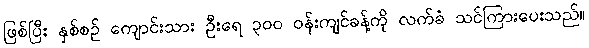
ဖြစ်ပြီး နှစ်စဉ် ကျောင်းသား ဦးရေ ၃၀၀ ဝန်းကျင်ခန့်ကို လက်ခံ သင်ကြားပေးသည်။